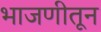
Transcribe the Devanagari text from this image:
भाजणीतून